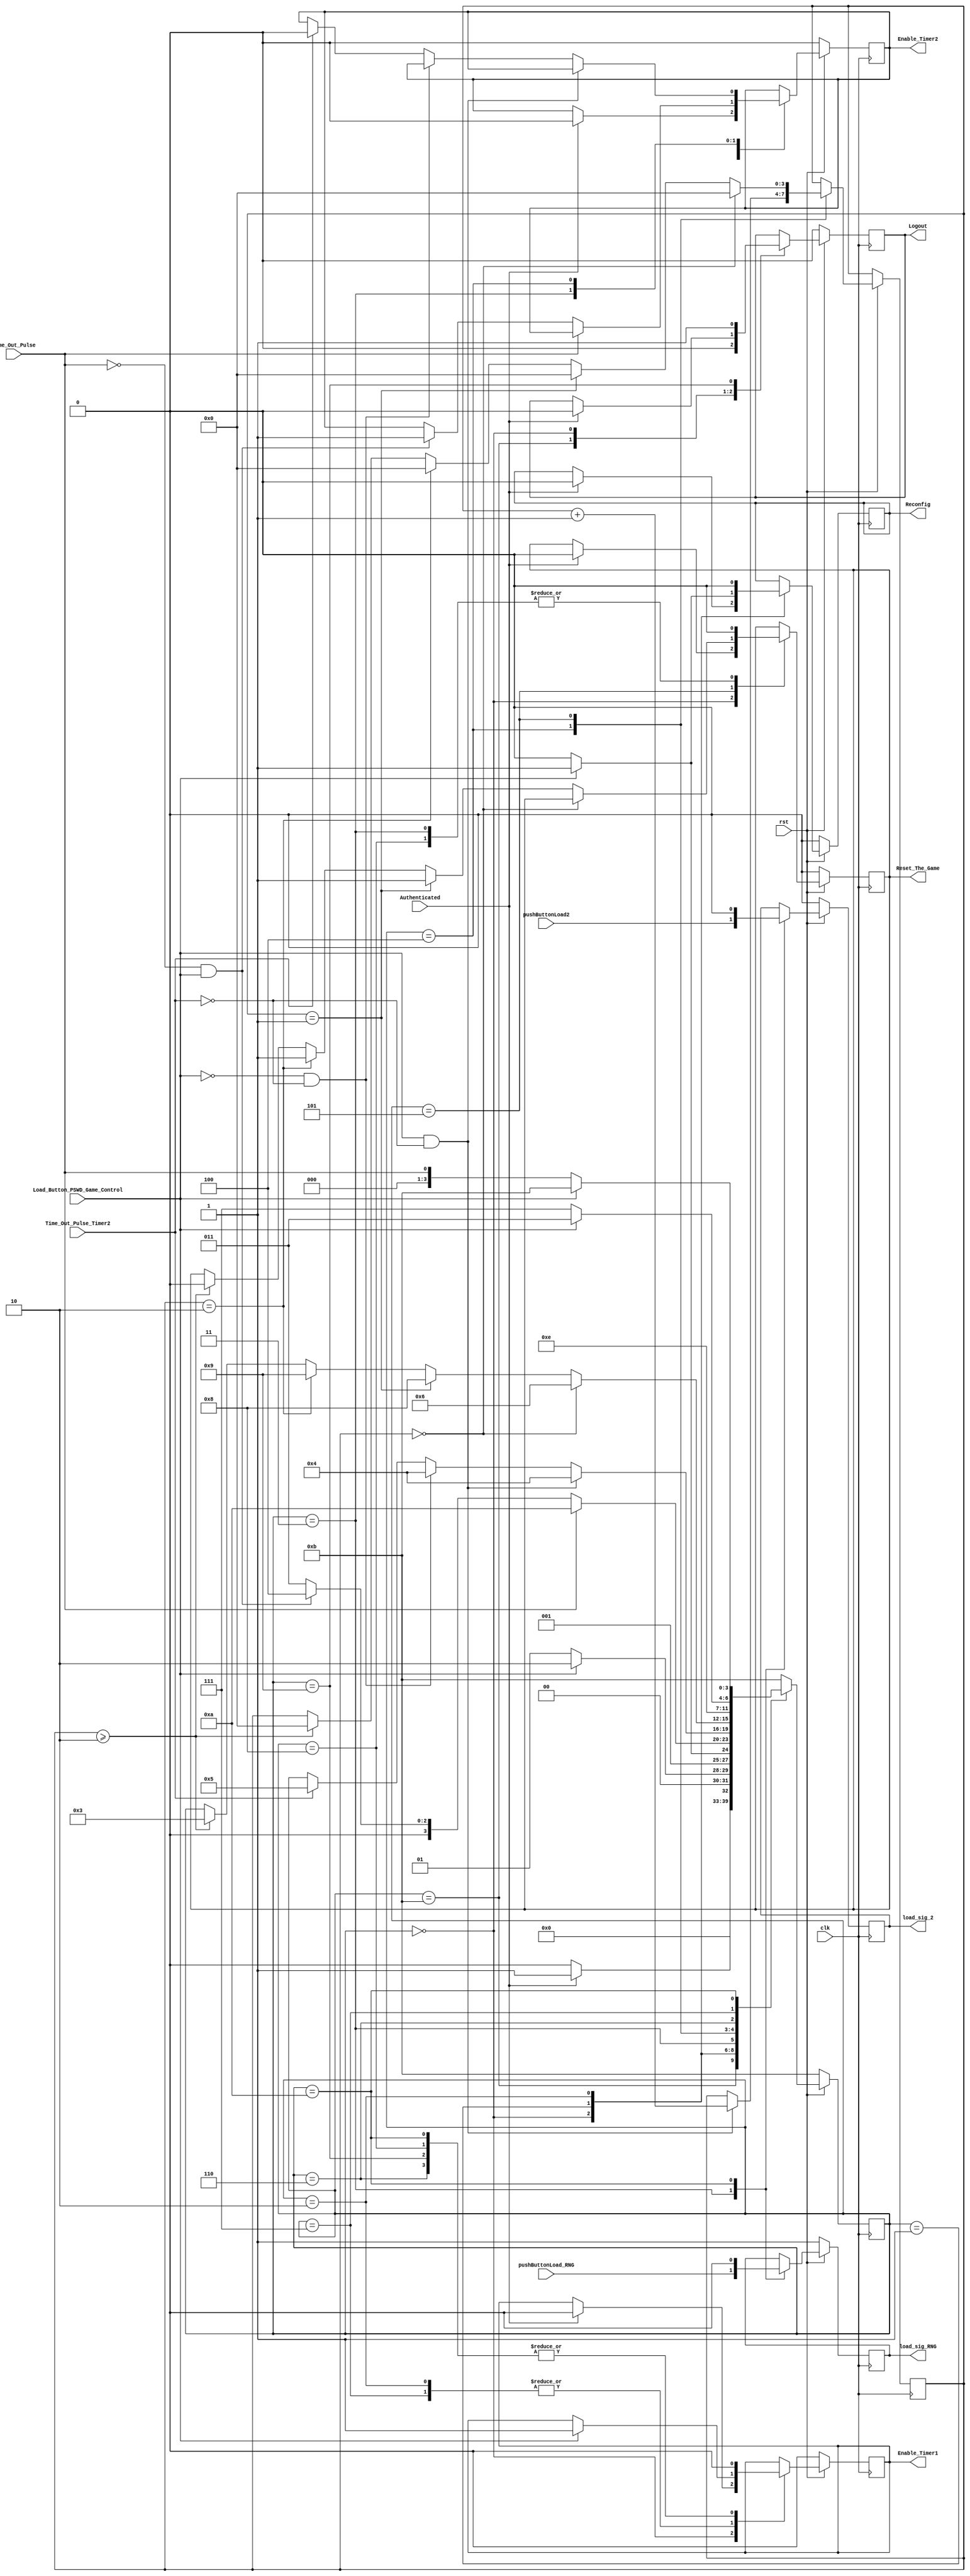

	module Game_Control(clk,rst,Load_Button_PSWD_Game_Control,Authenticated,Time_Out_Pulse,Time_Out_Pulse_Timer2,pushButtonLoad_RNG, pushButtonLoad2,load_sig_RNG, 
							load_sig_2,Enable_Timer1,Enable_Timer2,Logout,Reset_The_Game,Reconfig);
	input clk,rst;
// authenticated signal is from the Multi_Password_ROM and the Load_Button_PSWD_Game_Control is the push button from load register	
	input Authenticated,Load_Button_PSWD_Game_Control; 
// Time_Out_Pulse is the Time out pulse from the Digit Timer which count down to zero and Time_Out_Pulse_Timer2 is the time out which is used for play/resume, reload nad the logout feature
	input Time_Out_Pulse,Time_Out_Pulse_Timer2; 
// pushButtonLoad_RNG input from the push button to generate the random number and pushButtonLoad2 input for the player 
	input pushButtonLoad_RNG, pushButtonLoad2 ;   
// Enable_Timer1 siganl to enable the digit timer and Enable_Timer2 signal to enable the special feature
// Logout signal is output from the Game_Control module and input to the Multi_Password_ROM
// Reset_The_Game signal is to clear the timer display when it is logged out in between the game
// Reconfig is input to the Digit timer to configure the timer value	
	output reg Enable_Timer1,Enable_Timer2,Logout,Reset_The_Game,Reconfig;
	output reg load_sig_RNG, load_sig_2;	//load module to load the random number generator and player input
	
	reg flag;
	reg [3:0] state;
	reg [3:0]count_no_push;
	
	parameter Initial = 0, Load_Timer = 1, Start_Timer1 = 2,
				Game_Run_State = 3, no_of_Time_load_Button_pressed = 4,
				Select_Feature = 5, Pause_State = 6, Resume_State = 7,
				Reload_State = 8, Logout_State = 9, Time_Out_State = 10,Wait_State = 11;
	
	//reset condition
	always @(posedge clk) begin
		
		if (rst == 0) begin
			flag <=1;
			load_sig_RNG <= 1;     
			load_sig_2 <= 0;
			Logout <= 0;
			Reconfig <= 0;
			Enable_Timer1 <=0;
			Reset_The_Game <= 0;
			Enable_Timer2 <= 0;
			state <= Wait_State;
		end
		else begin
			case (state)
			
			Wait_State: begin
							state <= Initial;
							Logout <= 0;
			end
	// Waiting for the authenticated signal from the Multi_Password_ROM		
			Initial: begin
						if (Authenticated == 1) begin
							state <= Load_Timer;
							Enable_Timer1 <= 0;
							Reset_The_Game <= 0;
							Logout <= 0;
							Enable_Timer2 <= 0;
							Reconfig <= 0;
						end
						else begin
							state <= Initial;
						end
			end
			
			// In this stage we are loading the Digit timer timing
			Load_Timer: begin
							if (Load_Button_PSWD_Game_Control == 0) begin
								state <= Load_Timer;
								Reconfig <= 0;
							end
							else begin
								Reconfig <= 1;
								state <= Start_Timer1;
							end
			end
			
			// In  this stage we are enabling the timer1 one sec				
			Start_Timer1: begin
							Reconfig <= 0;
							if (Load_Button_PSWD_Game_Control == 0) begin
								state <= Start_Timer1;
							end
							else begin
								Enable_Timer1 <= 1;
								state <= Game_Run_State;
							end
			end
			
			//checking for the time out pulse also checking if the button is pressed. If button is pressed timer 2 will start.	
			Game_Run_State: begin
								load_sig_RNG <= pushButtonLoad_RNG;
								load_sig_2 <= pushButtonLoad2;
								Reset_The_Game <= 0;
								
								if (Time_Out_Pulse == 1) begin
									state <= Time_Out_State;
								end
								else if ((Time_Out_Pulse == 0) && (Load_Button_PSWD_Game_Control ==1)) begin
									state <= no_of_Time_load_Button_pressed;
									Enable_Timer2 <= 1;
								end
								else begin
									state <= Game_Run_State;
								end
			end	
			
			// waiting for timer 2 time out pulse
			no_of_Time_load_Button_pressed: begin
							if (Load_Button_PSWD_Game_Control == 1 && Time_Out_Pulse_Timer2 == 0) begin
								count_no_push <= count_no_push + 1; //to count how many time push button is pressed
								state <= no_of_Time_load_Button_pressed;
							end
							else if (Load_Button_PSWD_Game_Control == 0 && Time_Out_Pulse_Timer2 == 0) begin
								state <= no_of_Time_load_Button_pressed;
							end
							else if (Time_Out_Pulse_Timer2 == 1) begin
								Enable_Timer2 <= 0;
								state <= Select_Feature;
							end
			end
	
			// In this decision is made to which state is should go depending on how many times the button is pressed
			Select_Feature: begin
								if(count_no_push == 0) begin
									count_no_push <= 0;
									state <= Pause_State;
									//Enable_Timer1 <=0;   //added by me to pause the timer
								end
								else if (count_no_push == 1) begin
									state <= Reload_State; //reload digit timer state
									Reset_The_Game <= 1;
									count_no_push <= 0;
								end
								else if (count_no_push == 2) begin
									state <= Logout_State;
									count_no_push <= 0;
									Reset_The_Game <= 1;
								end
								else if (count_no_push >=2) begin
									state <= Game_Run_State;
									count_no_push <= 0;
									Reset_The_Game <= 0; 
								end	
			end
			
			// Pause the game state
			Pause_State: begin
							Enable_Timer1 <= 0;
							state <= Resume_State;
			end
			
			// Resume the game
			Resume_State: begin
							if(Load_Button_PSWD_Game_Control == 0) begin
								state <= Resume_State;
							end
							else begin
								Enable_Timer1 <= 1;
								state <= Game_Run_State;
							end
            end	
			
			//reload timer state
			Reload_State: begin
							state <= Wait_State;
							Enable_Timer1 <= 0;
							Reset_The_Game <= 0;
			end	
				
			//Logout from the game 
			Logout_State: begin
							Logout <= 1;
							Enable_Timer1 <= 0;
							state <= Wait_State;
			end				

			// When the Time_Out_Pulse occurs it will jump to this state
			Time_Out_State: begin
								Enable_Timer1 <= 0;
								load_sig_RNG <= 0;
								load_sig_2 <= 0;
								if (Load_Button_PSWD_Game_Control == 0) begin
									state <= Time_Out_Pulse;
								end
								else begin
									state <= Wait_State;
								end
			end					
			//					s8:
	    //begin
			//enable <= 0;//to check
			//reset_timer <= 0;
		
			default: begin
						state <= Wait_State;
			end
			endcase
		end
	end
	endmodule